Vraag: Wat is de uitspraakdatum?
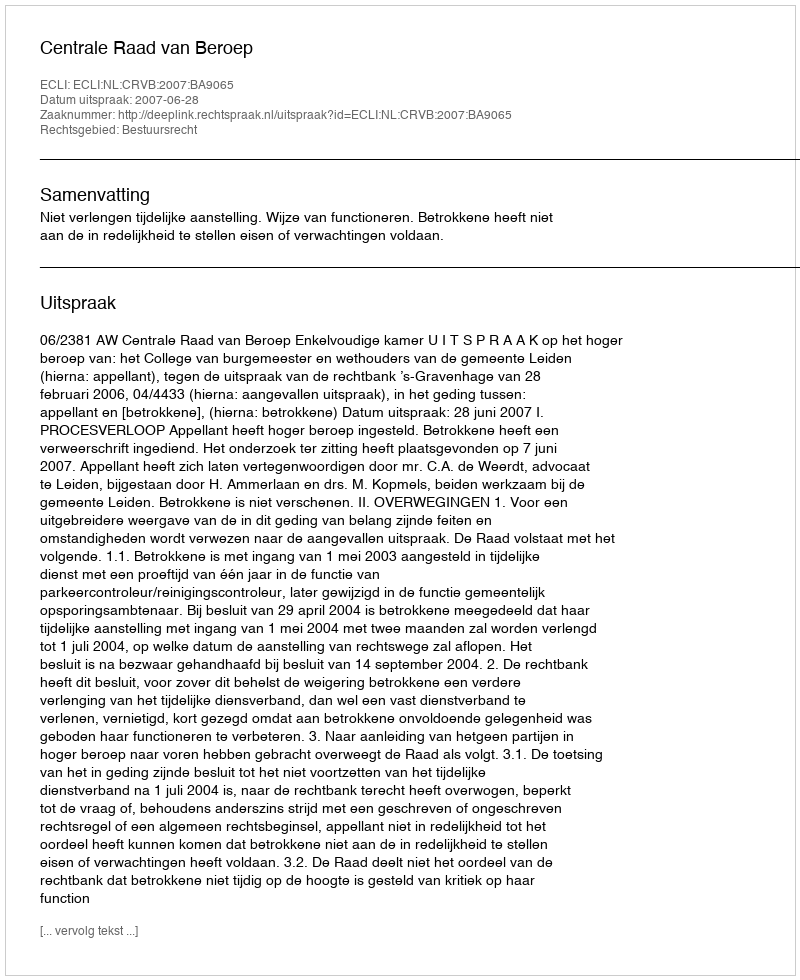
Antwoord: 2007-06-28